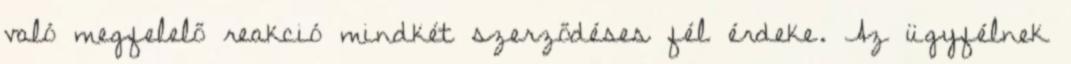
való megfelelő reakció mindkét szerződéses fél érdeke. Az ügyfélnek